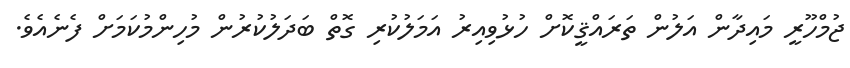
ޖުމްހޫރީ މައިދާން އަލުން ތަރައްޤީކޮށް ހުޅުވިއިރު އަމަލުކުރި ގޮތް ބަދަލުކުރުން މުހިންމުކަމަށް ފެނެއެވެ.